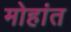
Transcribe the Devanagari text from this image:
मोहांत